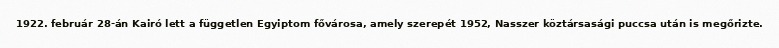
1922. február 28-án Kairó lett a független Egyiptom fővárosa, amely szerepét 1952, Nasszer köztársasági puccsa után is megőrizte.